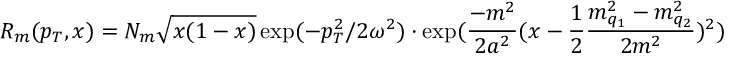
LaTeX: R _ { m } ( p _ { T } , x ) = N _ { m } \sqrt { x ( 1 - x ) } \exp ( - p _ { T } ^ { 2 } / 2 \omega ^ { 2 } ) \cdot \exp ( { \frac { - m ^ { 2 } } { 2 a ^ { 2 } } } ( x - { \frac { 1 } { 2 } } { \frac { m _ { q _ { 1 } } ^ { 2 } - m _ { q _ { 2 } } ^ { 2 } } { 2 m ^ { 2 } } } ) ^ { 2 } )